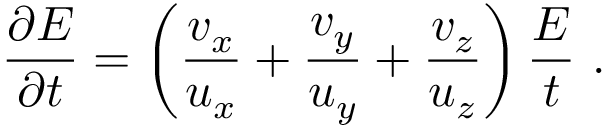
\frac { \partial E } { \partial t } = \left( \frac { v _ { x } } { u _ { x } } + \frac { v _ { y } } { u _ { y } } + \frac { v _ { z } } { u _ { z } } \right) \frac { E } { t } \, \, .